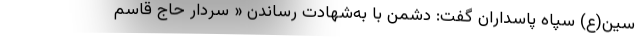
سین(ع) سپاه پاسداران گفت: دشمن با به‌شهادت رساندن « سردار حاج قاسم